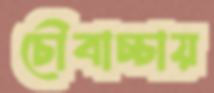
চৌবাচ্চায়